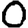
Digit: 0